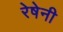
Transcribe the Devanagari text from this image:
रेषेनी